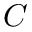
C